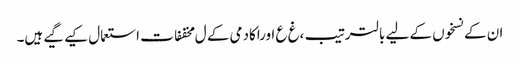
ان کے نسخوں کے لیے بالترتیب ،غ ع اوراکادمی کے ل مخففات استعمال کیے گیے ہیں۔